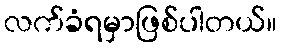
လက်ခံရမှာဖြစ်ပါတယ်။